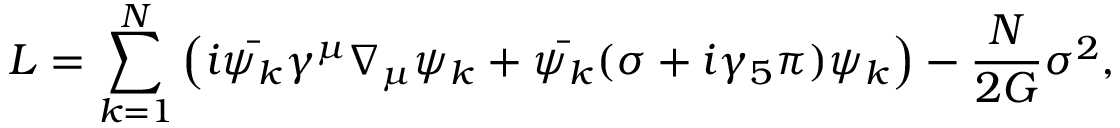
L = \sum _ { k = 1 } ^ { N } \left( i \bar { \psi _ { k } } \gamma ^ { \mu } \nabla _ { \mu } \psi _ { k } + \bar { \psi _ { k } } ( \sigma + i \gamma _ { 5 } \pi ) \psi _ { k } \right) - \frac { N } { 2 G } \sigma ^ { 2 } ,